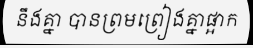
នឹងគ្នា បានព្រមព្រៀងគ្នាផ្អាក